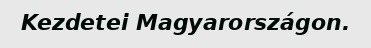
Kezdetei Magyarországon.